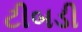
ટીબડી